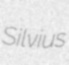
Silvius